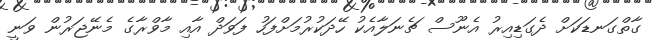
ގާތްގަނޑަކަށް ދެގަޑިއިރު އެނޫސް ޗެނަލާއެކު ހޭދަކުރުމަށްފަހު ފަވަދް އާއި މާވްރާގެ މެނޭޖަރުން ވަނީ